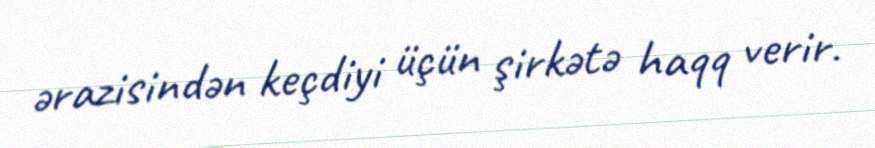
ərazisindən keçdiyi üçün şirkətə haqq verir.